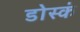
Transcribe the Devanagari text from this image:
डोस्कं